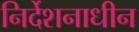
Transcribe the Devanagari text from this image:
निर्देशनाधीन